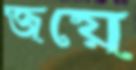
জয়ে